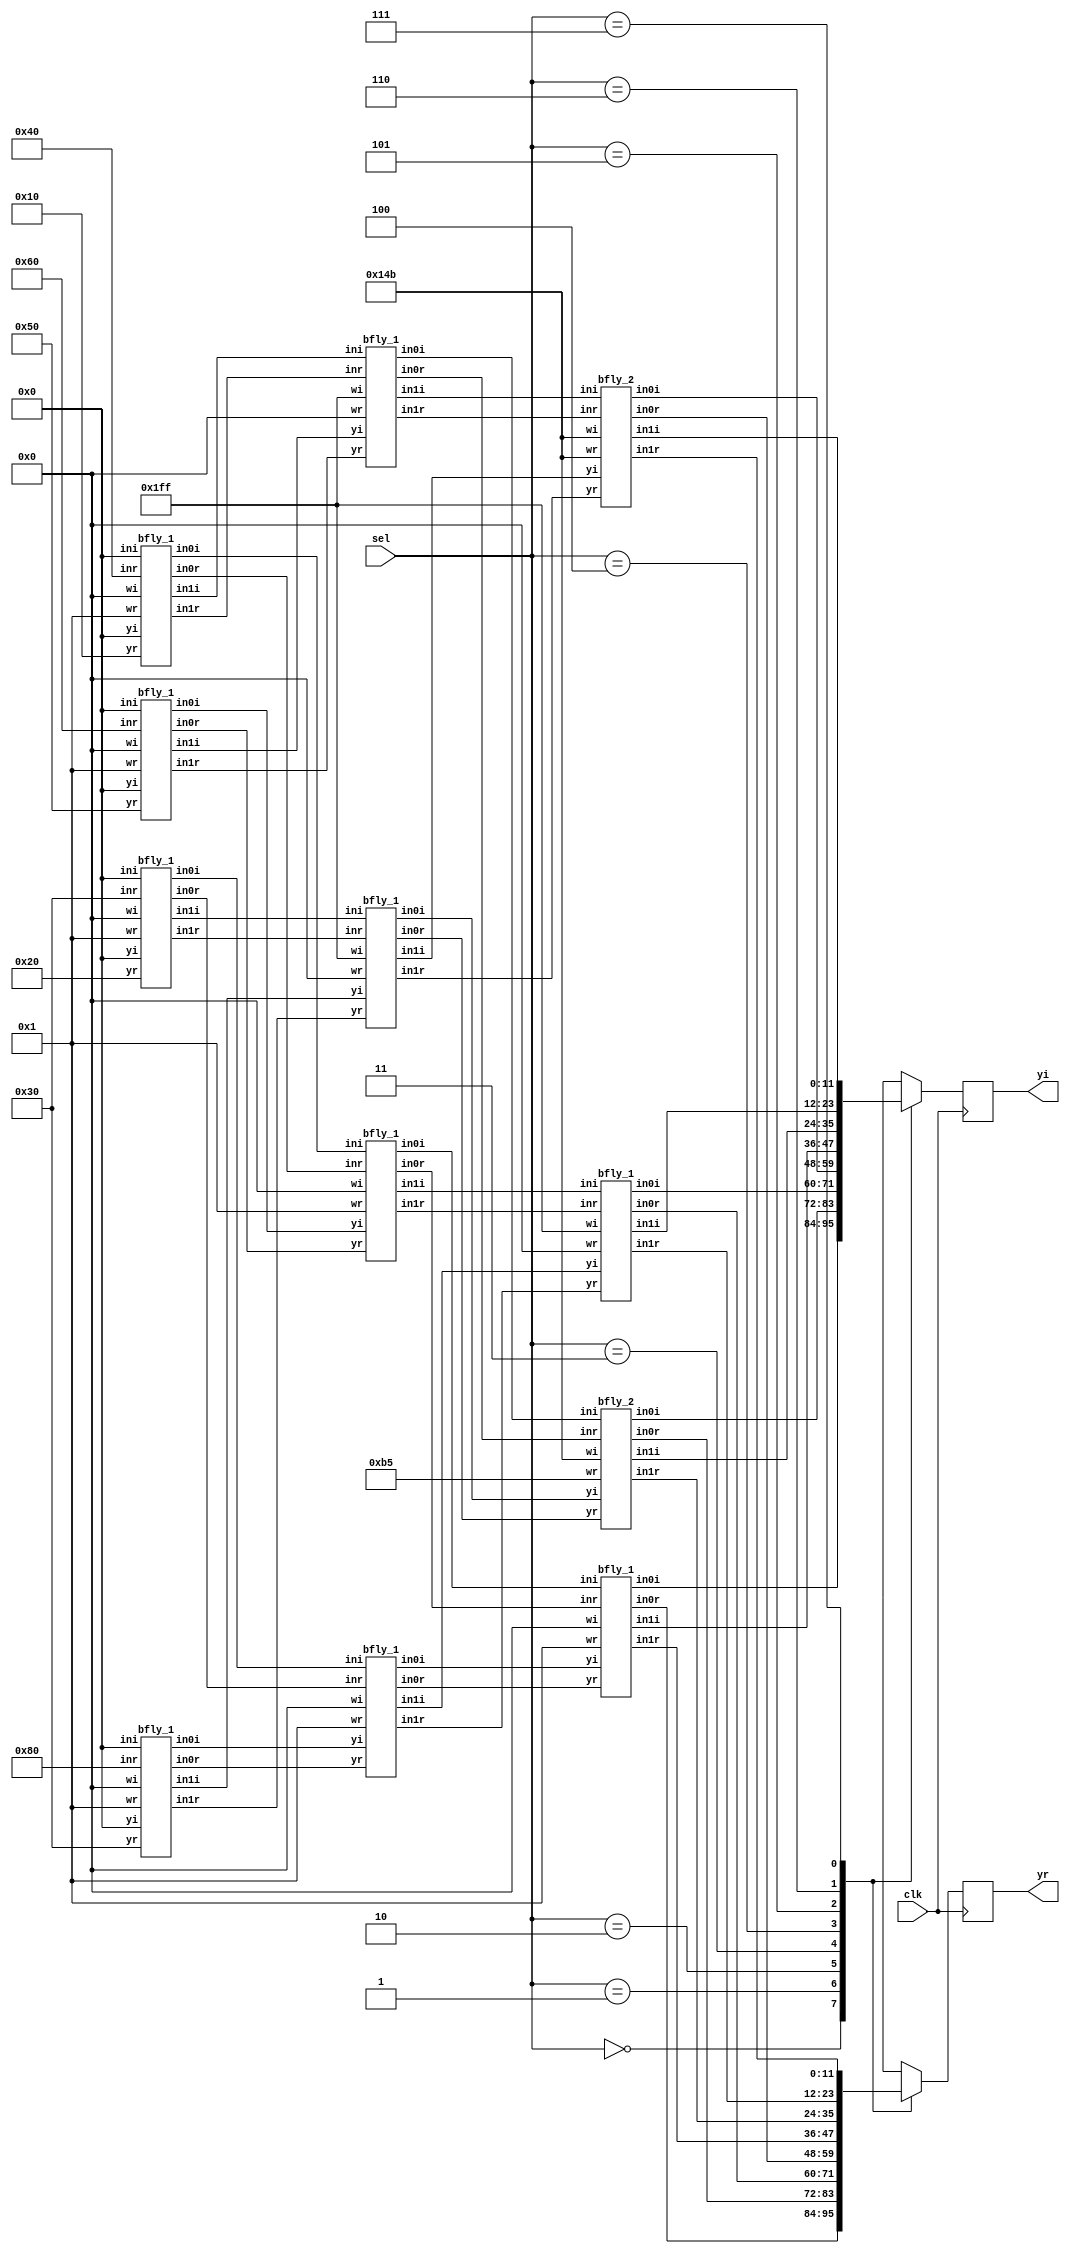
`timescale 1 ns/1 ns
module dit_fft(clk,sel,yr,yi);
input clk;
input [2:0] sel;
output reg [11:0] yr,yi;
wire [11:0] y0r,y1r,y2r,y3r,y4r,y5r,y6r,y7r,y0i,y1i,y2i,y3i,y4i,y5i,y6i,y7i;
wire [11:0] in20r,in20i,in21r,in21i,in22r,in22i,in23r,in23i,in24r,in24i,in25r,in25i,in26r,in26i,in27r,in27i;
wire [11:0] in10r,in10i,in11r,in11i,in12r,in12i,in13r,in13i,in14r,in14i,in15r,in15i,in16r,in16i,in17r,in17i;
wire [11:0] in0_r,in1_r,in2_r,in3_r,in4_r,in5_r,in6_r,in7_r,in0_i,in1_i,in2_i,in3_i,in4_i,in5_i,in6_i,in7_i;
parameter w0r=9'b1;
parameter w0i=9'b0;
parameter w1r=9'b010110101;                                        
parameter w1i=9'b101001011;                                        
parameter w2r=9'b0;
parameter w2i=9'b111111111;                                       
parameter w3r=9'b101001011;                                   
parameter w3i=9'b101001011;                                        
//INPUT(Real part)
assign in0_r=12'b000001000000;                                                   
assign in1_r=12'b000000110000;                                                   
assign in2_r=12'b000001100000;                                                   
assign in3_r=12'b000010000000;                                                   
assign in4_r=12'b000000010000;                                                   
assign in5_r=12'b000000100000;                                                   
assign in6_r=12'b000001010000;                                                   
assign in7_r=12'b000000110000;                                                   
//INPUT(Imaginary part)
assign in0_i=12'b0;                                                   
assign in1_i=12'b0;                                                   
assign in2_i=12'b0;                                                   
assign in3_i=12'b0;                                                   
assign in4_i=12'b0;                                                   
assign in5_i=12'b0;                                                   
assign in6_i=12'b0;                                                   
assign in7_i=12'b0; 
//STAGE 1
bfly_1 s11(in0_r,in0_i,in4_r,in4_i,w0r,w0i,in10r,in10i,in11r,in11i);              
bfly_1 s12(in2_r,in2_i,in6_r,in6_i,w0r,w0i,in12r,in12i,in13r,in13i);              
bfly_1 s13(in1_r,in1_i,in5_r,in5_i,w0r,w0i,in14r,in14i,in15r,in15i);              
bfly_1 s14(in3_r,in3_i,in7_r,in7_i,w0r,w0i,in16r,in16i,in17r,in17i);              
//STAGE 2
bfly_1 s21(in10r,in10i,in12r,in12i,w0r,w0i,in20r,in20i,in22r,in22i);
bfly_1 s22(in11r,in11i,in13r,in13i,w2r,w2i,in21r,in21i,in23r,in23i);
bfly_1 s23(in14r,in14i,in16r,in16i,w0r,w0i,in24r,in24i,in26r,in26i);
bfly_1 s24(in15r,in15i,in17r,in17i,w2r,w2i,in25r,in25i,in27r,in27i);

//STAGE 3
bfly_1 s31(in20r,in20i,in24r,in24i,w0r,w0i,y0r,y0i,y4r,y4i);
bfly_2 s32(in21r,in21i,in25r,in25i,w1r,w1i,y1r,y1i,y5r,y5i);
bfly_1 s33(in22r,in22i,in26r,in26i,w2r,w2i,y2r,y2i,y6r,y6i);
bfly_2 s34(in23r,in23i,in27r,in27i,w3r,w3i,y3r,y3i,y7r,y7i);
  
always@(posedge clk)
case(sel)
0:begin yr=y0r; yi=y0i; end
1:begin yr=y1r; yi=y1i; end
2:begin yr=y2r; yi=y2i; end
3:begin yr=y3r; yi=y3i; end
4:begin yr=y4r; yi=y4i; end
5:begin yr=y5r; yi=y5i; end
6:begin yr=y6r; yi=y6i; end
7:begin yr=y7r; yi=y7i; end
endcase
endmodule
module bfly_2(inr,ini,yr,yi,wr,wi,in0r,in0i,in1r,in1i);
input signed [11:0]inr,ini,yr,yi;
input signed [8:0]wr,wi;
output [11:0]in0r,in0i,in1r,in1i;
wire [20:0]p1,p2,p3,p4;
assign p1=wr*yr;
assign p2=wi*yi;
assign p3=wr*yi;
assign p4=wi*yr;
assign in0r=inr+p1[19:8]-p2[19:8];
assign in0i=ini+p3[19:8]+p4[19:8];
assign in1r=inr-p1[19:8]+p2[19:8];
assign in1i=ini-p3[19:8]-p4[19:8];
endmodule
module bfly_1(inr,ini,yr,yi,wr,wi,in0r,in0i,in1r,in1i);
input signed [11:0]inr,ini,yr,yi;
input signed [8:0]wr,wi;
output [11:0]in0r,in0i,in1r,in1i;
wire [20:0]p1,p2,p3,p4;
assign p1=wr*yr;
assign p2=wi*yi;
assign p3=wr*yi;
assign p4=wi*yr;
assign in0r=inr+p1[11:0]-p2[11:0];
assign in0i=ini+p3[11:0]+p4[11:0];
assign in1r=inr-p1[11:0]+p2[11:0];
assign in1i=ini-p3[11:0]-p4[11:0];
endmodule